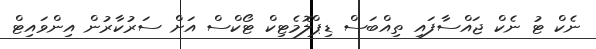
ނެކް ޓު ނެކް ޖައްސާފައި ތިއްބަސް ޑިޕްލޮމެޓިކް ޓޯކްސް އަށް ސަރުކާރުން އިންވައިޓް